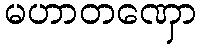
မဟာတဏှော